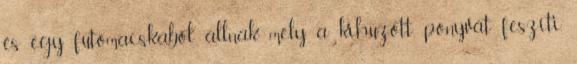
és egy futómacskából állnak, mely a kihúzott ponyvát feszíti,